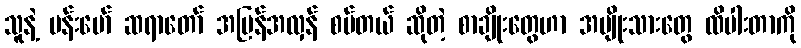
သူနဲ့ ဗန်းမော် ဆရာတော် အပြန်အလှန် စပ်တယ် ဆိုတဲ့ စာချိုးတွေဟာ အမျိုးသားတွေ ထိပါးတာကို